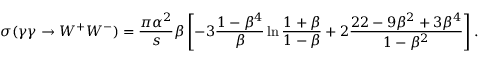
\sigma ( \gamma \gamma \rightarrow W ^ { + } W ^ { - } ) = \frac { \pi \alpha ^ { 2 } } { s } \beta \left[ - 3 \frac { 1 - \beta ^ { 4 } } { \beta } \ln \frac { 1 + \beta } { 1 - \beta } + 2 \frac { 2 2 - 9 \beta ^ { 2 } + 3 \beta ^ { 4 } } { 1 - \beta ^ { 2 } } \right] .